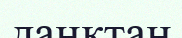
даңқтан